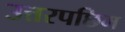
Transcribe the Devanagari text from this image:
उत्तरपछिम